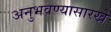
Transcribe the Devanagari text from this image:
अनुभवण्यासारखे